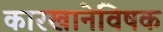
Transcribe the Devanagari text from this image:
कारखानेविषक